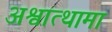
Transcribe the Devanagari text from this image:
अश्वात्थामा